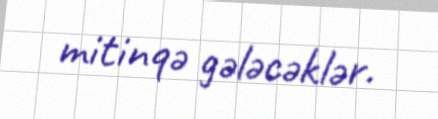
mitinqə gələcəklər.